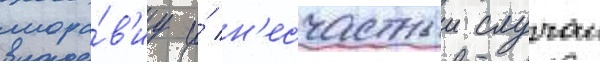
мора́в'иу и́ н'есчастныи случаи